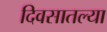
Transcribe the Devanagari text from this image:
दिवसातल्या